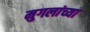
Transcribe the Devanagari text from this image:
मुगलांच्या